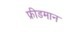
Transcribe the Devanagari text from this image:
फ्रीडमान